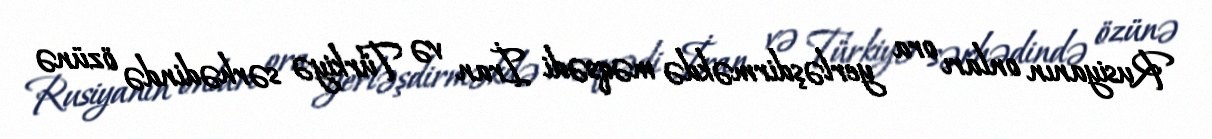
Rusiyanın onları ora yerləşdirməkdə məqsədi İran və Türkiyə sərhədində özünə